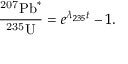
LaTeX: { \frac { ^ { \mathrm { 2 0 7 } } \, \! { \mathrm { P b } } ^ { * } } { ^ { \mathrm { 2 3 5 } } \, \! { \mathrm { U } } } } = e ^ { \lambda _ { 2 3 5 } t } - 1 .